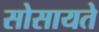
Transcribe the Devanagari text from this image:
सोसायते